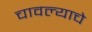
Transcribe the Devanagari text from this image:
चावल्याचे